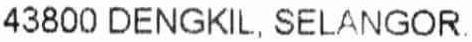
43800 DENGKIL, SELANGOR.